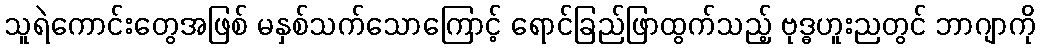
သူရဲကောင်းတွေအဖြစ် မနှစ်သက်သောကြောင့် ရောင်ခြည်ဖြာထွက်သည့် ဗုဒ္ဓဟူးညတွင် ဘာဂျာကို